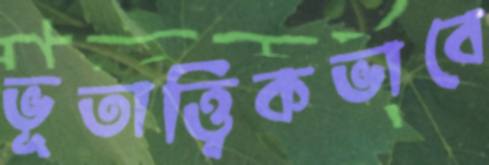
ভূতাত্ত্বিকভাবে